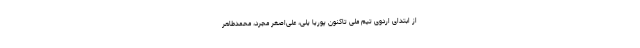
از ابتدای اردوی تیم ملی تاکنون پوریا یلی، علی‌اصغر مجرد، محمدطاهر